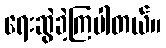
ရေးဆွဲခဲ့ကြပါတယ်။